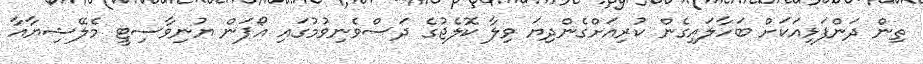
ތިން ދަންފަޅިއަކަށް ބަހާލައިގެން ކުރިއަށްގެންދިޔަ ވިލާ ކޮލެޖުގެ ދަސްވެނިވުމުގައި އޯޕަން ޔުނިވާސިޓީ މެލޭޝިޔާއާ